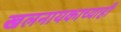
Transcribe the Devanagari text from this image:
खलनायकाच्याही